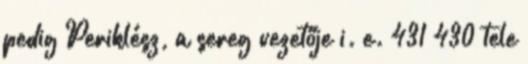
pedig Periklész, a sereg vezetője i. e. 431–430 tele